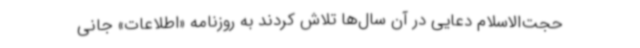
حجت‌الاسلام دعایی در آن سال‌ها تلاش کردند به روزنامه «اطلاعات» جانی